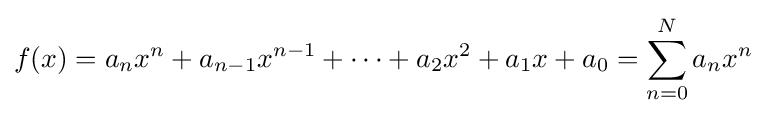
f(x)=a_{n}x^{n}+a_{n-1}x^{n-1}+\cdots +a_{2}x^{2}+a_{1}x+a_{0}=\sum _{n=0}^{N}a_{n}x^{n}